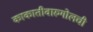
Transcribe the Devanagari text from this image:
काकातीवारुगोलची